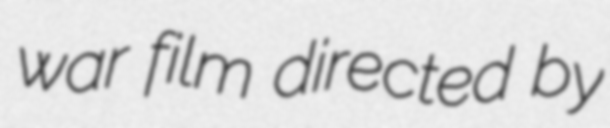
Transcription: war film directed by